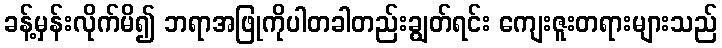
ခန့်မှန်းလိုက်မိ၍ ဘရာအဖြုကိုပါတခါတည်းချွတ်ရင်း ကျေးဇူးတရားများသည်